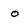
Character: o